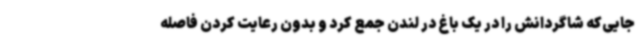
جایی‌که شاگردانش را در یک باغ در لندن جمع کرد و بدون رعایت کردن فاصله